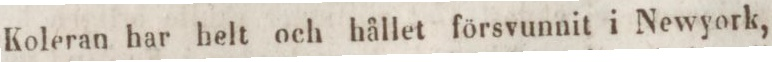
Koleran har helt och hållet försvunnit i Newyork,